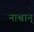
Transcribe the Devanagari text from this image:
नाश्वान्‌